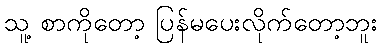
သူ့ စာကိုတော့ ပြန်မပေးလိုက်တော့ဘူး